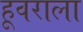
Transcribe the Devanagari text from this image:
हूवराला